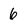
Character: 6